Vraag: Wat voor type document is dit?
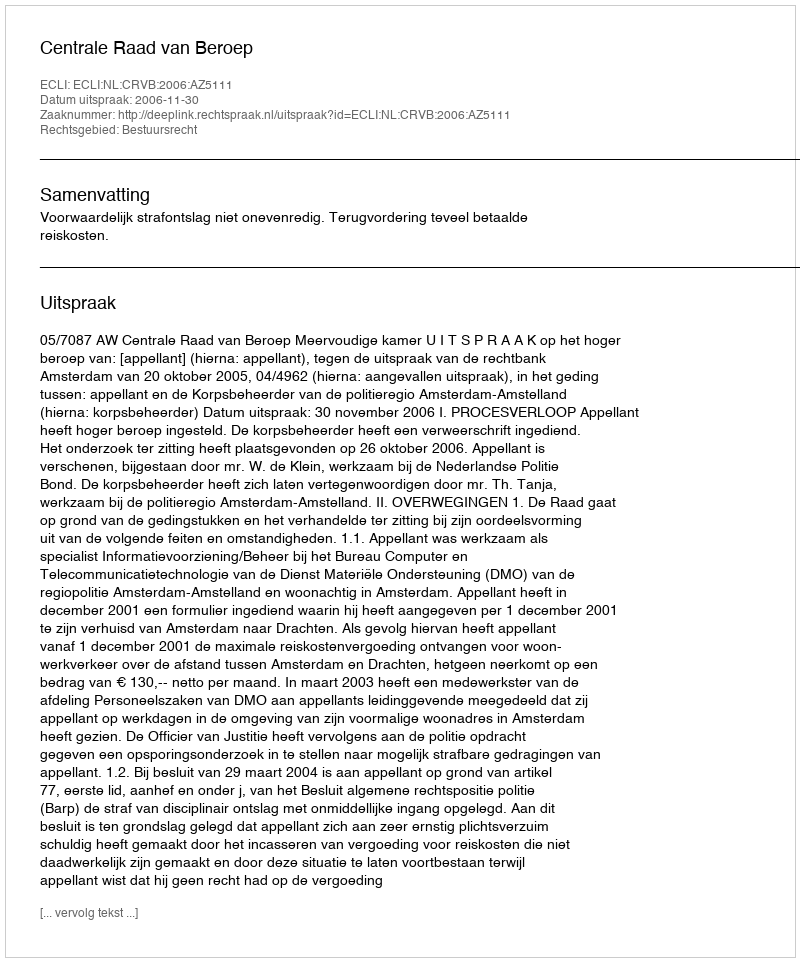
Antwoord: Uitspraak